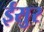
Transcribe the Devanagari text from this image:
ईसुर